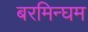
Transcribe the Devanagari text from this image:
बरमिन्घम